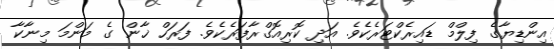
އިންޑިޔާގެ ފިލްމް ޑައިރެކްޓަރެކެވެ. އަދި ކޮރިއޮގްރާފަރެކެވެ. ފަރަހް ޚާން ގެ މަންމަ މިނާކާ